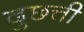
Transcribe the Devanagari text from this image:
दुछत्ती